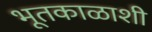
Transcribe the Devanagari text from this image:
भूतकाळाशी